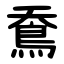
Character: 鴌